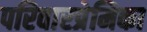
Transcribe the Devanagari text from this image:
परिवारप्रेमिका